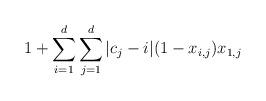
LaTeX: \begin{align*} 1 + \sum_{i=1}^d\sum_{j=1}^d |c_j - i|(1-x_{i,j})x_{1,j}\end{align*}